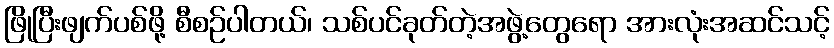
ဖြိုပြီးဖျက်ပစ်ဖို့ စီစဉ်ပါတယ်၊ သစ်ပင်ခုတ်တဲ့အဖွဲ့တွေရော အားလုံးအဆင်သင့်